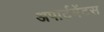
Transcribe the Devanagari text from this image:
अपार्टमेंटस